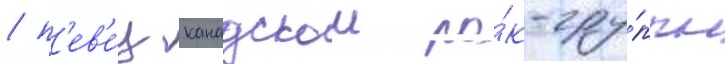
/ п'ев'е́ц канадскои ро́к-гру́ппы